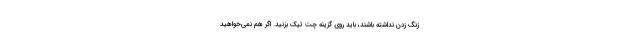
زنگ زدن نداشته باشند، باید روی گزینه چت تیک بزنید. اگر هم نمی‌خواهید